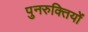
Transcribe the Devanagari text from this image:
पुनरुक्तियों